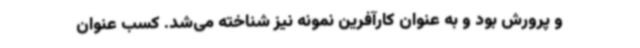
و پرورش بود و به عنوان کارآفرین نمونه نیز شناخته می‌شد. کسب عنوان